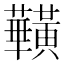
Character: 𪏥